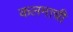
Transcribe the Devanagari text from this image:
कलमाची